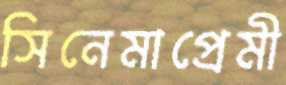
সিনেমাপ্রেমী